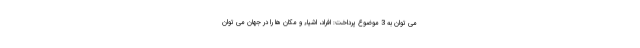
می توان به 3 موضوع پرداخت: افراد، اشیاء و مکان ها را در جهان می توان